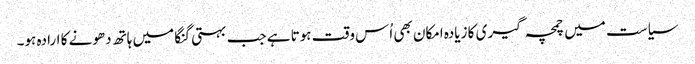
سیاست میں چمچہ گیری کا زیادہ امکان بھی اُس وقت ہوتا ہے جب بہتی گنگا میں ہاتھ دھونے کا ارادہ ہو۔